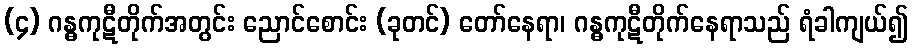
(၄) ဂန္ဓကုဋီတိုက်အတွင်း ညောင်စောင်း (ခုတင်) တော်နေရာ၊ ဂန္ဓကုဋီတိုက်နေရာသည် ရံခါကျယ်၍